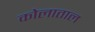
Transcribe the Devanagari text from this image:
कोलाताल